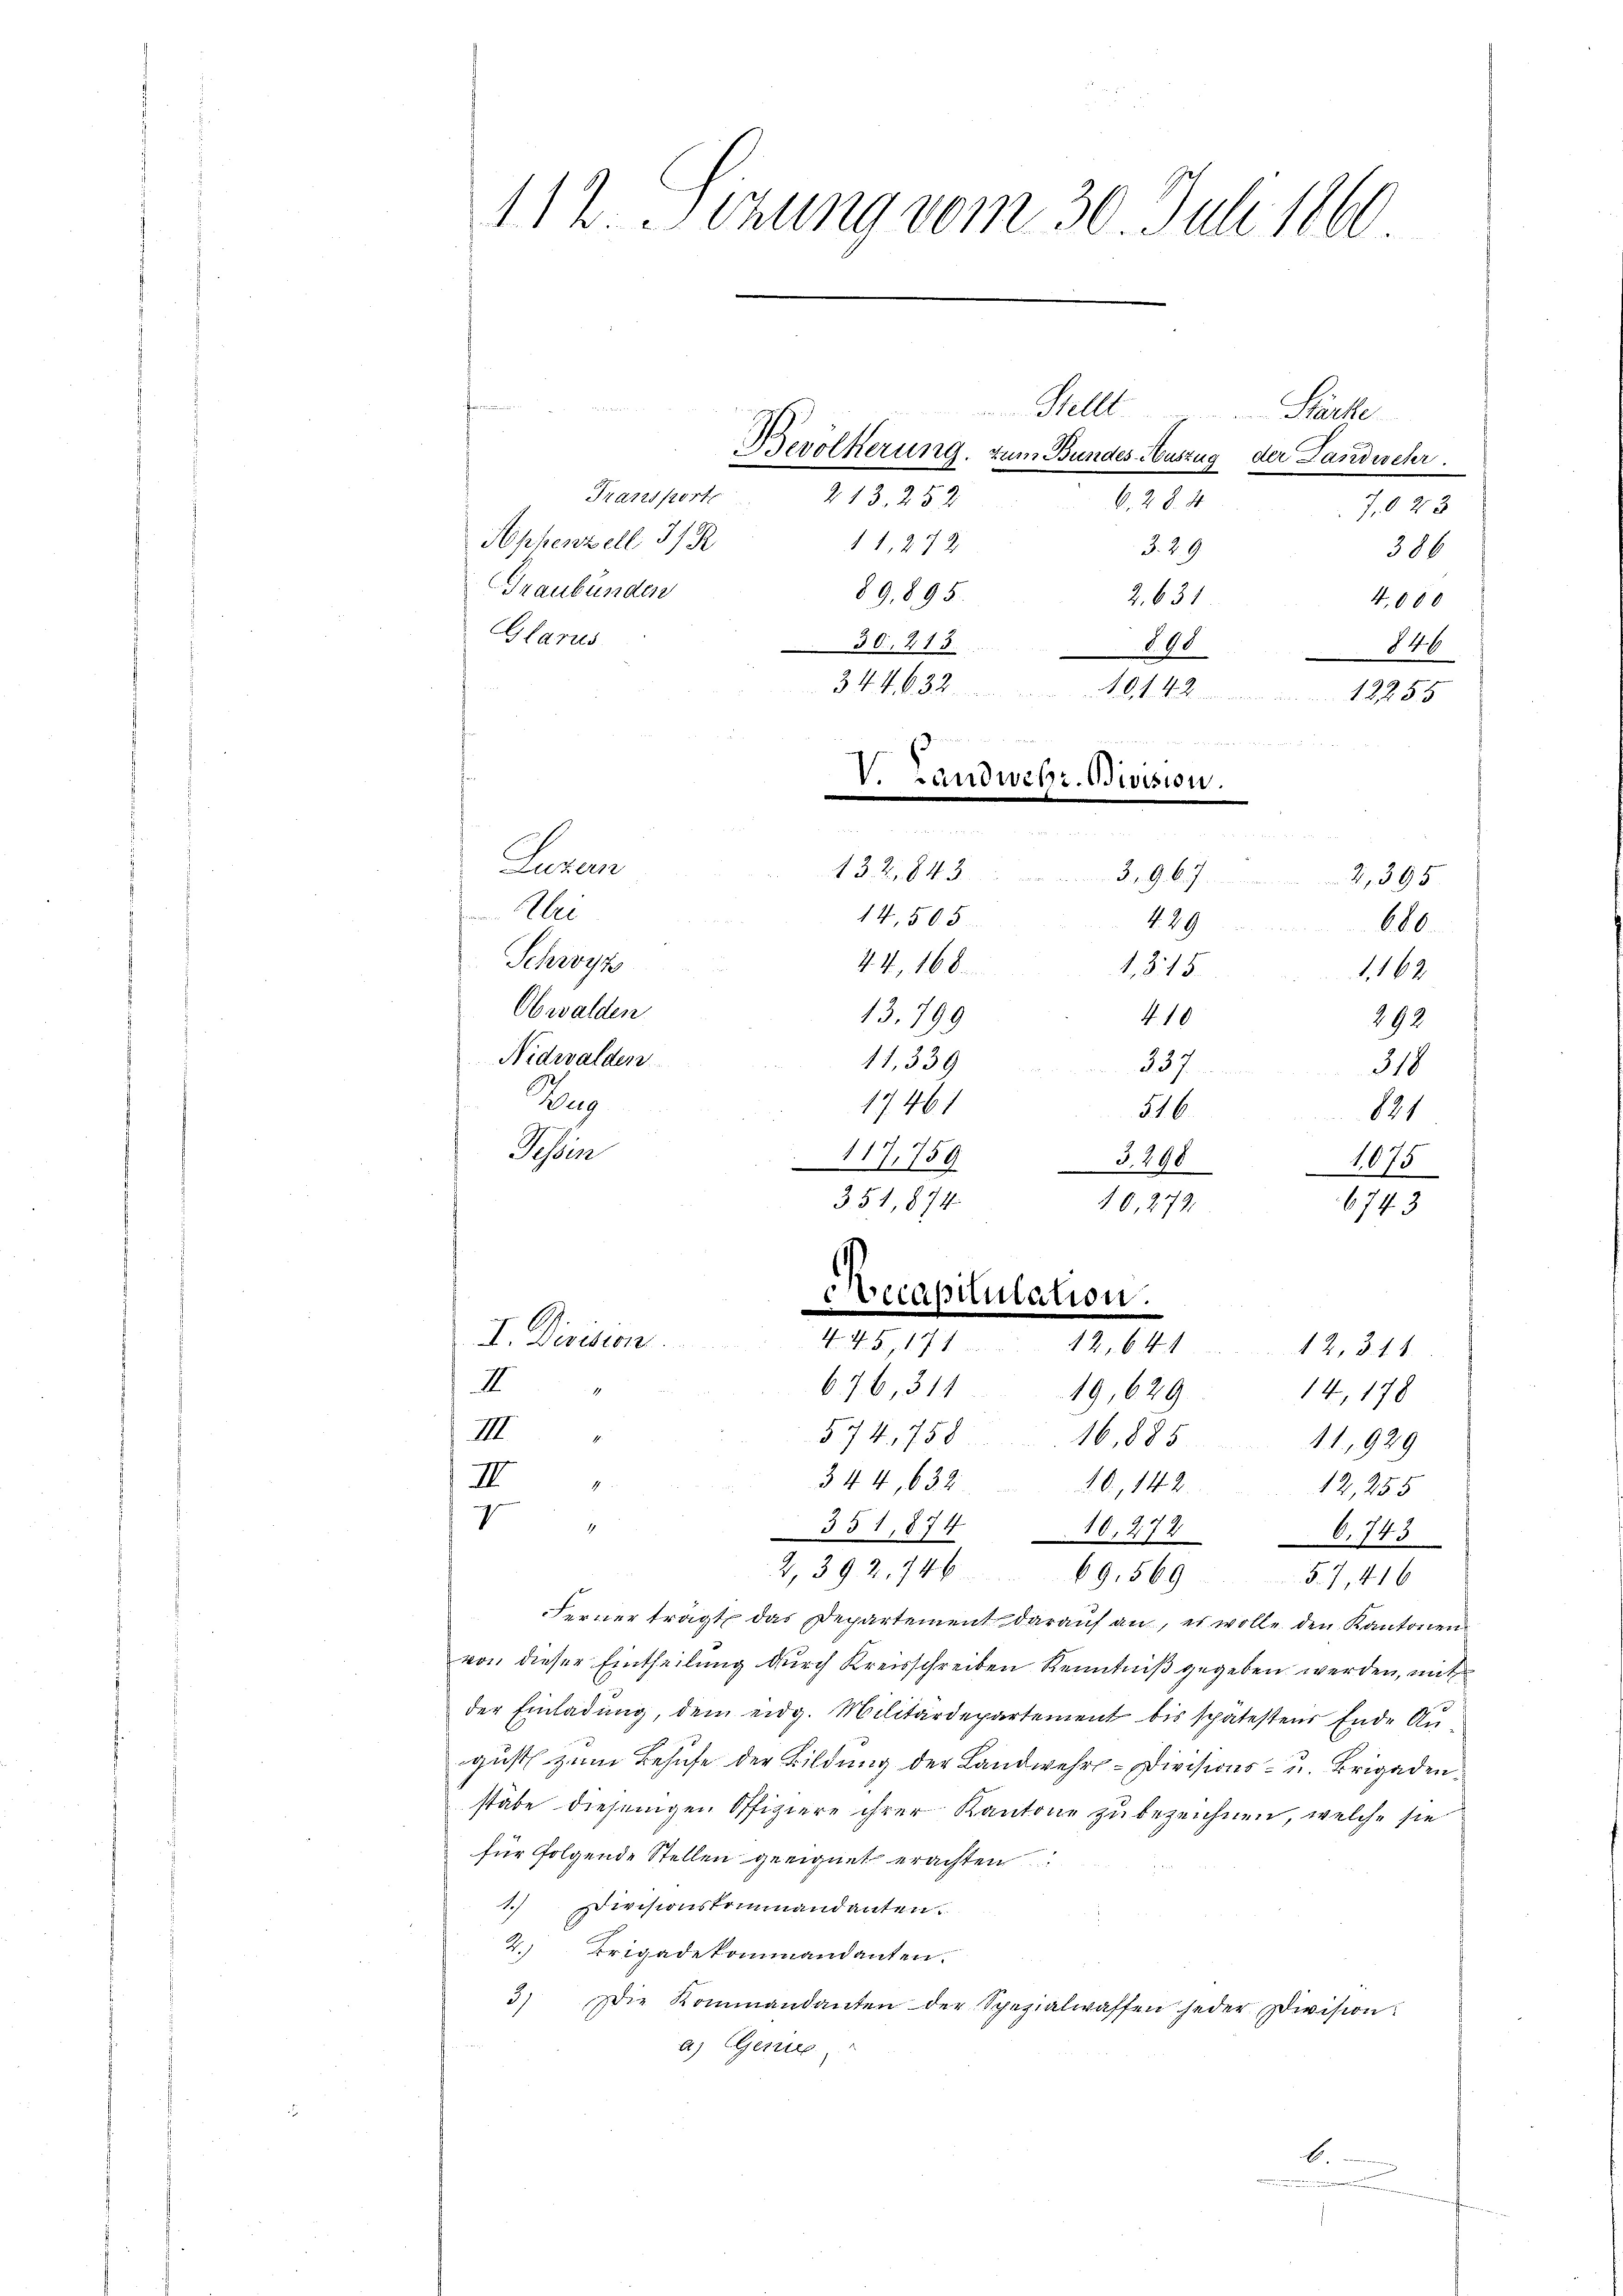
112. Sezung vom 30. Juli 1860

14, 505

Appenzell I/R
Graubünden
Glarus
Luren
ei
Schwyz
Obwalden
Nidwalden
e
in
V. 759.
3.298
1,075
III
344, 632.
10., 144. 2
12,255
g
351, 874
10,2746. 743
2. 392. 744 69. 56957,416
Ferner trägt das Departement darauf an, es wolle den Kantonen
von dieser Eintheilung durch Kreisschreiben Kenntniß gegeben werden, mit
der Einladung, dem eidg. Militärdepartement bis spätestens Ende Au
gust zum Behufe der Bildung der Landwehr-Divisions- u. Brigaden
stäbe diejenigen Offiziere ihrer Kantone zu bezeichnen, welche sie
für folgende Stellen geeignet erachten
1.) Divisionskommandanten.
2. Brigadekommandanten.
3) Die Kommandanten der Spezialwaffen jeder Division.
a) Genie
b.
.

Stellt                        Stärke
Bevölkerung. Zum Bundes-Auszug der Landischer.
Transporte
213. 252
6. 28. 4
11, 24 x
§. 29
89,895.
2. 631
30, 415
898

10
V. Landwehr-Bivision.
au
39. 67. 395
129
600.
44, 168.
. 315.
1,162
13. 799
410
292
11, 339
337
318
17461
516.
121

132, 843

351, 874

7,023
306
4,000
840

341. 632. 12255

o
10, 272.
Recapitulation.
I. Division.
1 R. S. 442. 644
42. 3. 14.
II
676, 311
4
14, 178
19,629
IIII.
§ 74, 758
16,885. 41, 929

6743